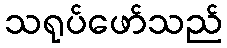
သရုပ်ဖော်သည်